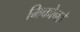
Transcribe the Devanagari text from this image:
मिकोनहे